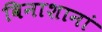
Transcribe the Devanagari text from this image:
विनाशानां